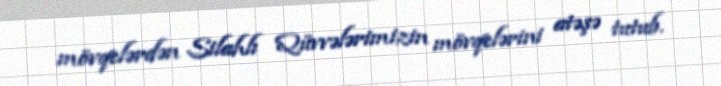
mövqelərdən Silahlı Qüvvələrimizin mövqelərini atəşə tutub.